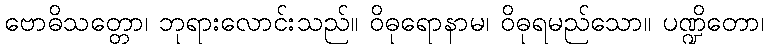
ဗောဓိသတ္တော၊ ဘုရားလောင်းသည်။ ဝိဓုရောနာမ၊ ဝိဓုရမည်သော။ ပဏ္ဍိတော၊